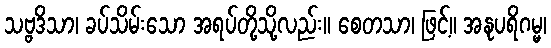
သဗ္ဗဒိသာ၊ ခပ်သိမ်းသော အရပ်တို့သို့လည်း။ စေတသာ၊ ဖြင့်။ အနုပရိဂမ္မ၊